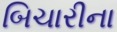
બિચારીના